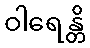
ဝါရေန္တိ